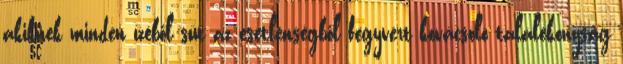
akiknek minden ízéből süt az esetlenségből fegyvert kovácsoló találékonyság